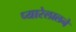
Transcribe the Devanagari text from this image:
प्यारेलालने